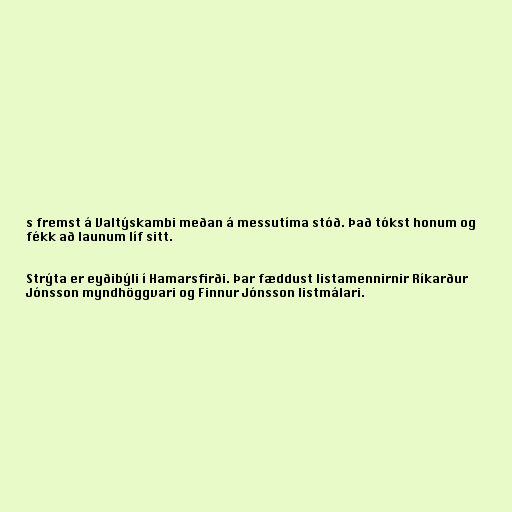
s fremst á Valtýskambi meðan á messutíma stóð. Það tókst honum og
fékk að launum líf sitt.

Strýta er eyðibýli í Hamarsfirði. Þar fæddust listamennirnir Ríkarður
Jónsson myndhöggvari og Finnur Jónsson listmálari.